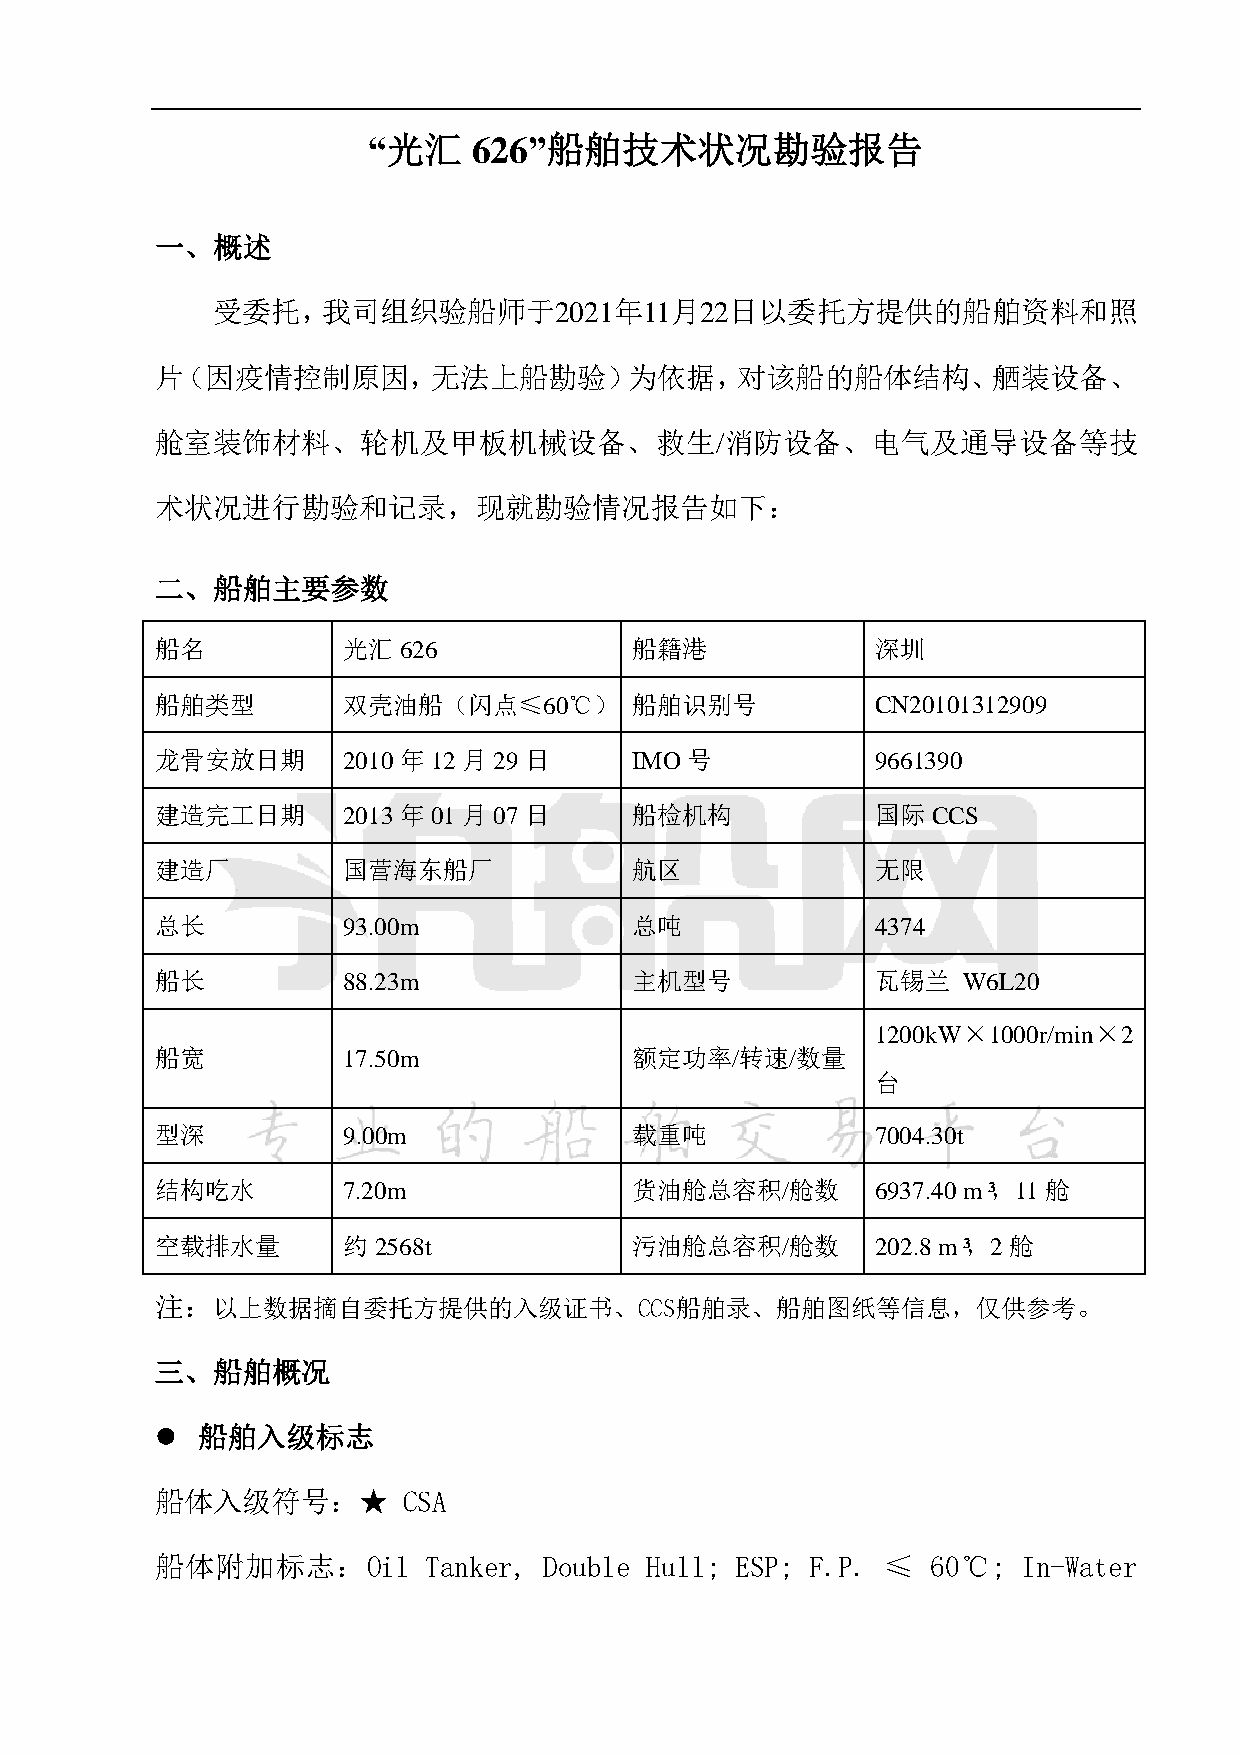
“光汇    626”船舶技术状况勘验报告
 一、概述
 受委托，我司组织验船师于2021年11月22日以委托方提供的船舶资料和照
 片（因疫情控制原因，无法上船勘验）为依据，对该船的船体结构、舾装设备、
 舱室装饰材料、轮机及甲板机械设备、救生/消防设备、电气及通导设备等技
 术状况进行勘验和记录，现就勘验情况报告如下：
 二、船舶主要参数
 船名           光汇 626             船籍港             深圳
 船舶类型         双壳油船（闪点≤60℃）       船舶识别号           CN20101312909
 龙骨安放日期       2010 年12月29日       IMO号            9661390
 建造完工日期       2013 年01月07日       船检机构            国际CCS
 建造厂          国营海东船厂             航区              无限
 总长           93.00m             总吨              4374
 船长           88.23m             主机型号            瓦锡兰   W6L20
 1200kW×1000r/min×2
 船宽           17.50m             额定功率/转速/数量
 台
 型深           9.00m              载重吨             7004.30t
 结构吃水         7.20m              货油舱总容积/舱数       6937.40 m³，11 舱
 空载排水量        约 2568t            污油舱总容积/舱数       202.8 m³，2舱
 注：以上数据摘自委托方提供的入级证书、CCS船舶录、船舶图纸等信息，仅供参考。
 三、船舶概况
   船舶入级标志
 船体入级符号：★         CSA
 船体附加标志：Oil        Tanker, Double Hull; ESP; F.P. ≤  60℃;  In-Water